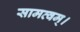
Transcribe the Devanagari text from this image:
सामत्वम्‌।